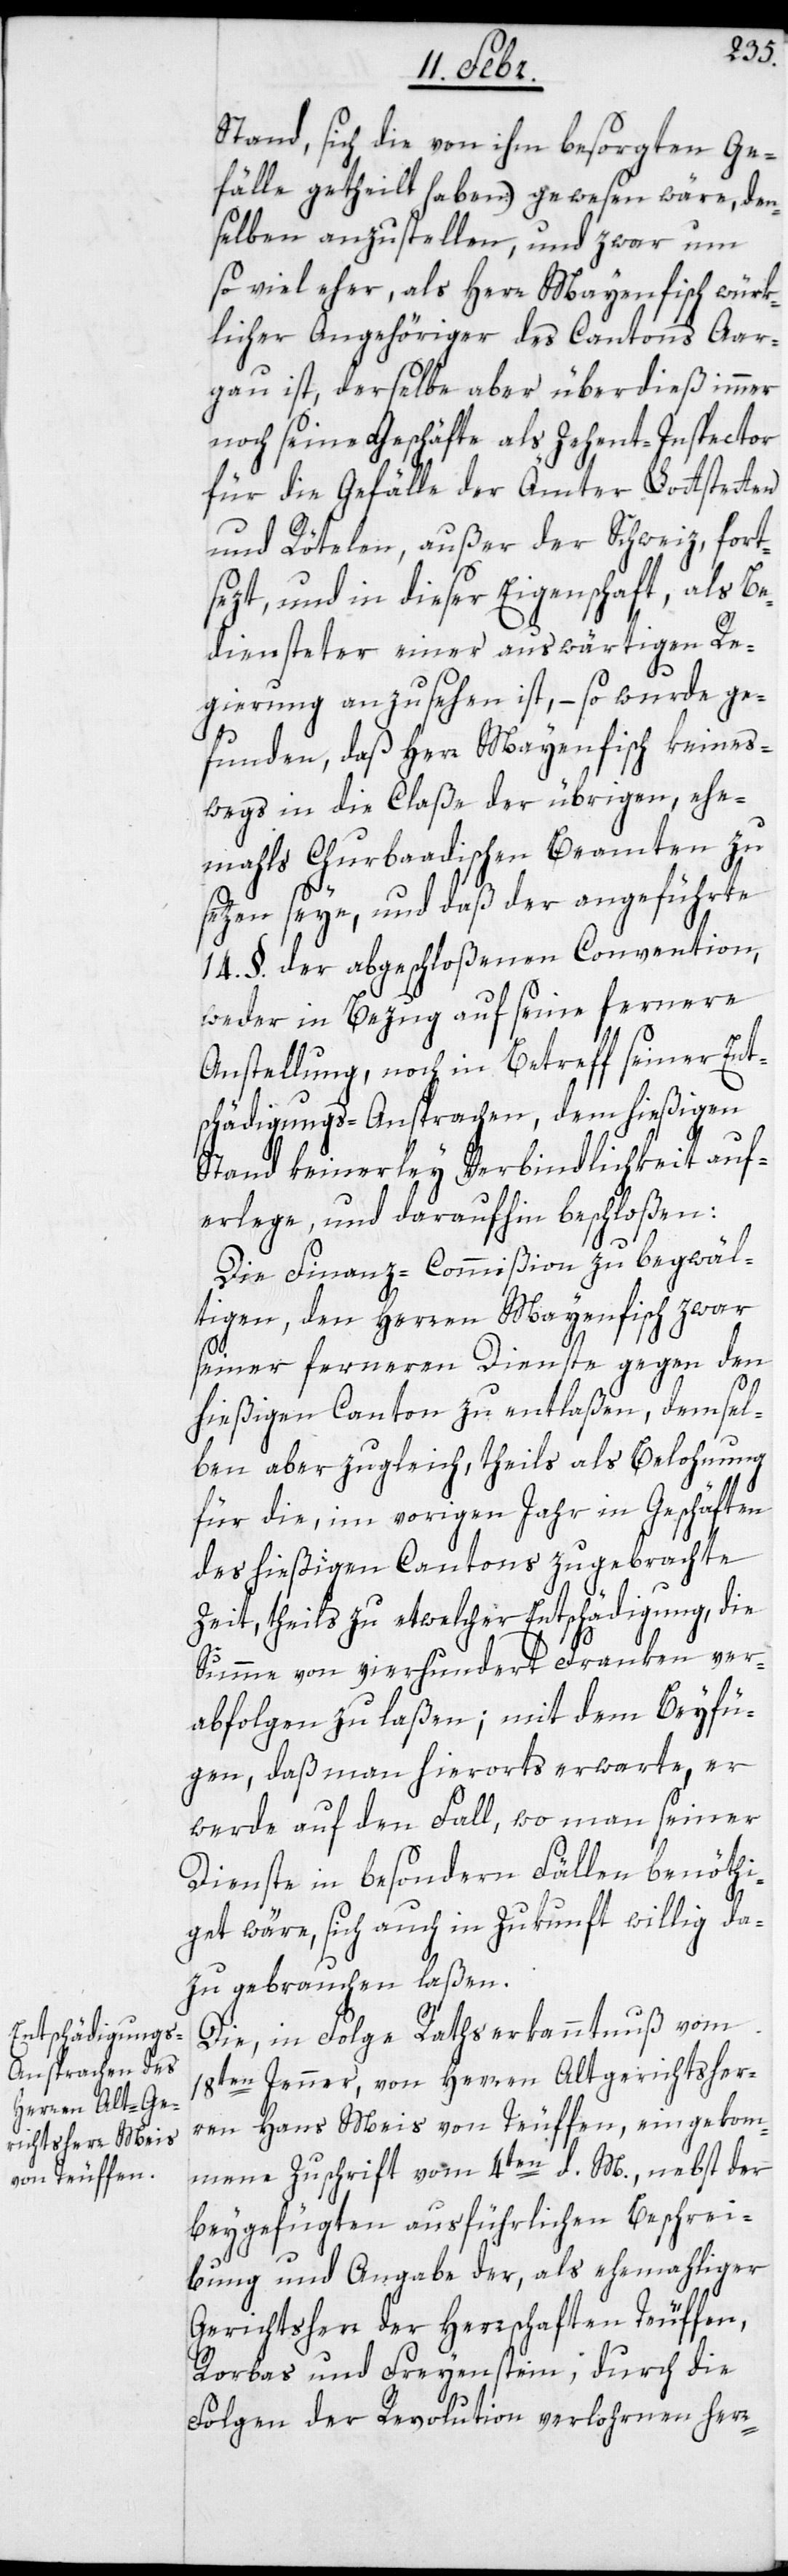
Stand, sich die von ihm besorgten Ge¬
fälle getheilt haben) gewesen wäre, den¬
selben anzustellen, und zwar um
so viel eher, als Herr Mayenfisch würk¬
licher Angehöriger des Cantons Aar¬
gau ist, derselbe aber überdieß immer
noch seine Geschäfte als Zehent-Inspector
für die Gefälle der Ämter Lottstetten
und Rötelen, außer der Schweiz, fort¬
sezt, und in dieser Eigenschaft, als Be¬
diensteter einer auswärtigen Re¬
gierung anzusehen ist, – so wurde ge¬
funden, daß Herr Mayenfisch keines¬
wegs in die Claße der übrigen, ehe¬
mals Churbaadischen Beamten zu
setzen seye, und daß der angeführte
14. §. der abgeschloßenen Convention,
weder in Bezug auf seine fernere
Anstellung, noch in Betreff seiner Ent¬
schädigungs-Ansprachen, dem hießigen
Stand keinerley Verbindlichkeit auf¬
erlege, und daraufhin beschloßen:
Die Finanz-Commision zu begwäl¬
tigen, den Herren Mayenfisch zwar
seiner ferneren Dienste gegen den
hießigen Canton zu entlaßen, demsel¬
ben aber zugleich, theils als Belohnung
für die, im vorigen Jahr in Geschäften
des hießigen Cantons zugebrachte
Zeit, theils zu etwelcher Entschädigung, die
Summe von vierhundert Franken ver¬
abfolgen zu laßen; mit dem Beyfü¬
gen, daß man hierorts erwarte, er
werde auf den Fall, wo man seiner
Dienste in besondern Fällen benöthi¬
get wäre, sich auch in Zukunft willig da¬
zu gebrauchen laßen.
Die, in Folge Rathserkanntnuß vom
18ten Jenner, von Herren Altgerichtsher¬
ren Hans Meis von Teuffen, eingekom¬
mene Zuschrift vom 4ten d. M., nebst der
beygefügten ausführlichen Beschrei¬
bung und Angabe der, als ehemaliger
Gerichtsherr der Herrschaften Teuffen,
Rorbas und Freyenstein, durch die
Folgen der Revolution verlohrnen herr-